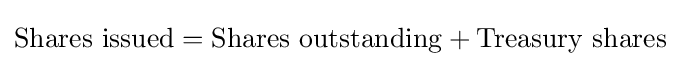
{\rm {{Shares\ issued}={\rm {{Shares\ outstanding}+{\rm {Treasury\ shares}}}}}}